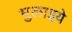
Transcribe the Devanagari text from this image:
भुलाइये